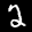
Label: 2